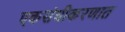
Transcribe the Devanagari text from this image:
एकसंघीकरणात